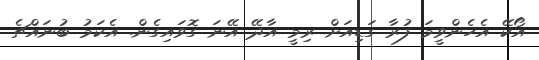
އޯކޭ އެހެންވީމަ ފުރާ ގަޑިއަށް ރިމީ އާދޭ އޭނަ ގޮވައިގެން. އެކަމު ބުނައްޗެ